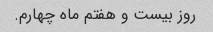
روز بیست و هفتم ماه چهارم.